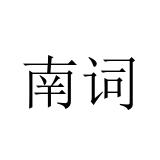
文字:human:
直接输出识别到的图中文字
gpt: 南词